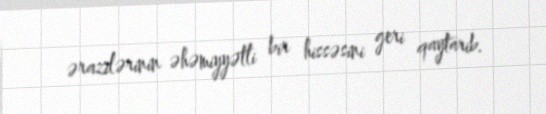
ərazilərinin əhəmiyyətli bir hissəsini geri qaytarib.